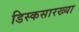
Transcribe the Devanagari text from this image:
डिस्कसारख्या